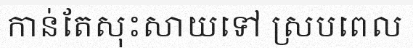
កាន់តែសុះសាយទៅ ស្របពេល